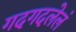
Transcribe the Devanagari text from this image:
गदगदलेलं